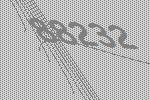
88232